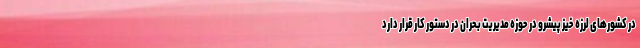
در کشورهای لرزه خیز پیشرو در حوزه مدیریت بحران در دستور کار قرار دارد